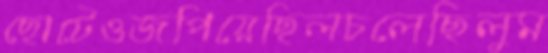
ছোটেওজপিয়েছিলচলেছিলুম